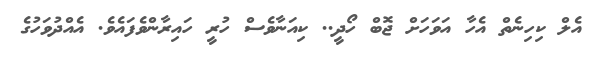
އެލް ކިހިނެތް އެހާ އަވަހަށް ޖޮބް ހޯދީ.. ކިއަނާވެސް ހުރީ ހައިރާންވެފައެވެ. އެއްދުވަހުގެ